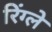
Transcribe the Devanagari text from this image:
रिंग्ले